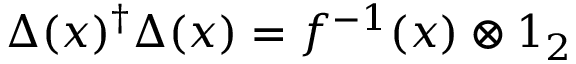
\Delta ( x ) ^ { \dagger } \Delta ( x ) = f ^ { - 1 } ( x ) \otimes 1 _ { 2 }